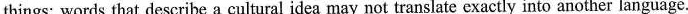
things: words that describe a cultural idea may not translate exactly into another language.